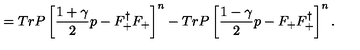
= T r P \left[ \frac { 1 + \gamma } { 2 } p - F _ { + } ^ { \dagger } F _ { + } \right] ^ { n } - T r P \left[ \frac { 1 - \gamma } { 2 } p - F _ { + } F _ { + } ^ { \dagger } \right] ^ { n } .